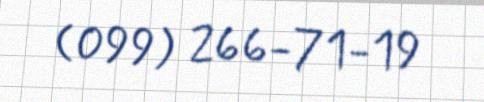
(099) 266-71-19